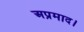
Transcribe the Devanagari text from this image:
अप्रमाद।